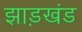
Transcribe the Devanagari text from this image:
झाड़खंड